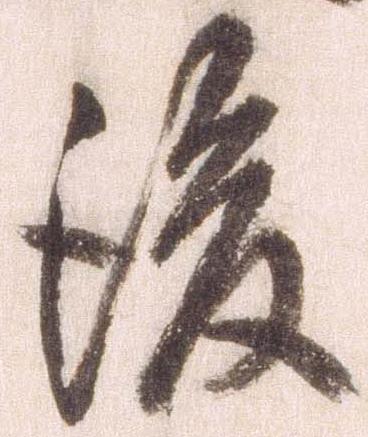
後